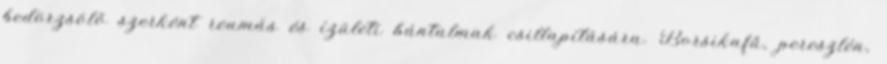
bedörzsölő szerként reumás és ízületi bántalmak csillapítására. Borsikafű, pereszlén,